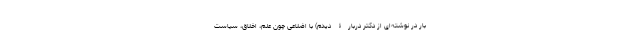
بار در نوشته‌ای از دکتر دربارۀ دیدم) با اضلاعی چون علم، اخلاق، سیاست